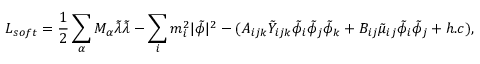
L _ { s o f t } = \frac { 1 } { 2 } \sum _ { \alpha } M _ { \alpha } { \tilde { \lambda } } { \tilde { \lambda } } - \sum _ { i } m _ { i } ^ { 2 } | { \tilde { \phi } } | ^ { 2 } - ( A _ { i j k } { \tilde { Y } } _ { i j k } { \tilde { \phi } } _ { i } { \tilde { \phi } } _ { j } { \tilde { \phi } } _ { k } + B _ { i j } { \tilde { \mu } } _ { i j } { \tilde { \phi } } _ { i } { \tilde { \phi } } _ { j } + h . c ) ,